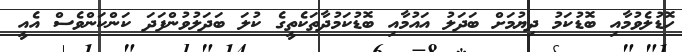
ހޮޑުލެވުމާއި ބޮޑުކަމު ދިޔުމަށް ބަދަލު އައުމާއި ބޮޑުކަމުދާތަކެތީގެ ކުލަ ބަދަލުވުންފަދަ ކަންކަންވެސް އެއީ